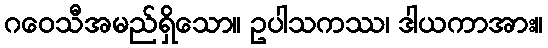
ဂဝေသီအမည်ရှိသော။ ဥပါသကဿ၊ ဒါယကာအား။